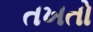
તખતો